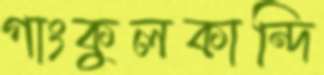
গাংকুলকান্দি